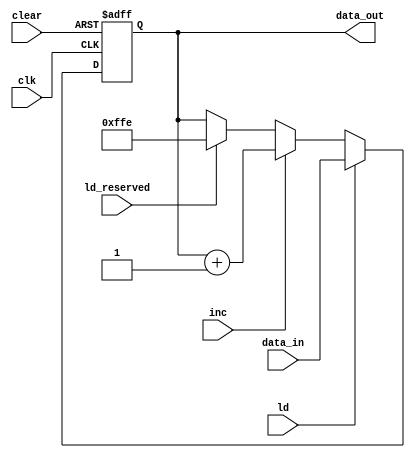
module Reg_PC #(parameter p = 15) (clk, data_in, ld, inc, clear, data_out,ld_reserved);

// list of inputs
input wire clk, ld, inc, clear,ld_reserved;
input wire [p:0] data_in;

// list of outputs	
output reg [p:0] data_out;

// module implementation	
always @(posedge clk , posedge clear)
	begin
		if	    (clear == 1'b1)		data_out = 0;				      // clear PC
		else if (ld == 1'b1)		data_out = data_in; 		         // load data in PC
		else if (inc == 1'b1)		data_out = data_out + 1'b1;	// increment data in PC
		else if (ld_reserved == 1'b1)		data_out = 12'b111111111110;	// load reserved addr
	end
endmodule